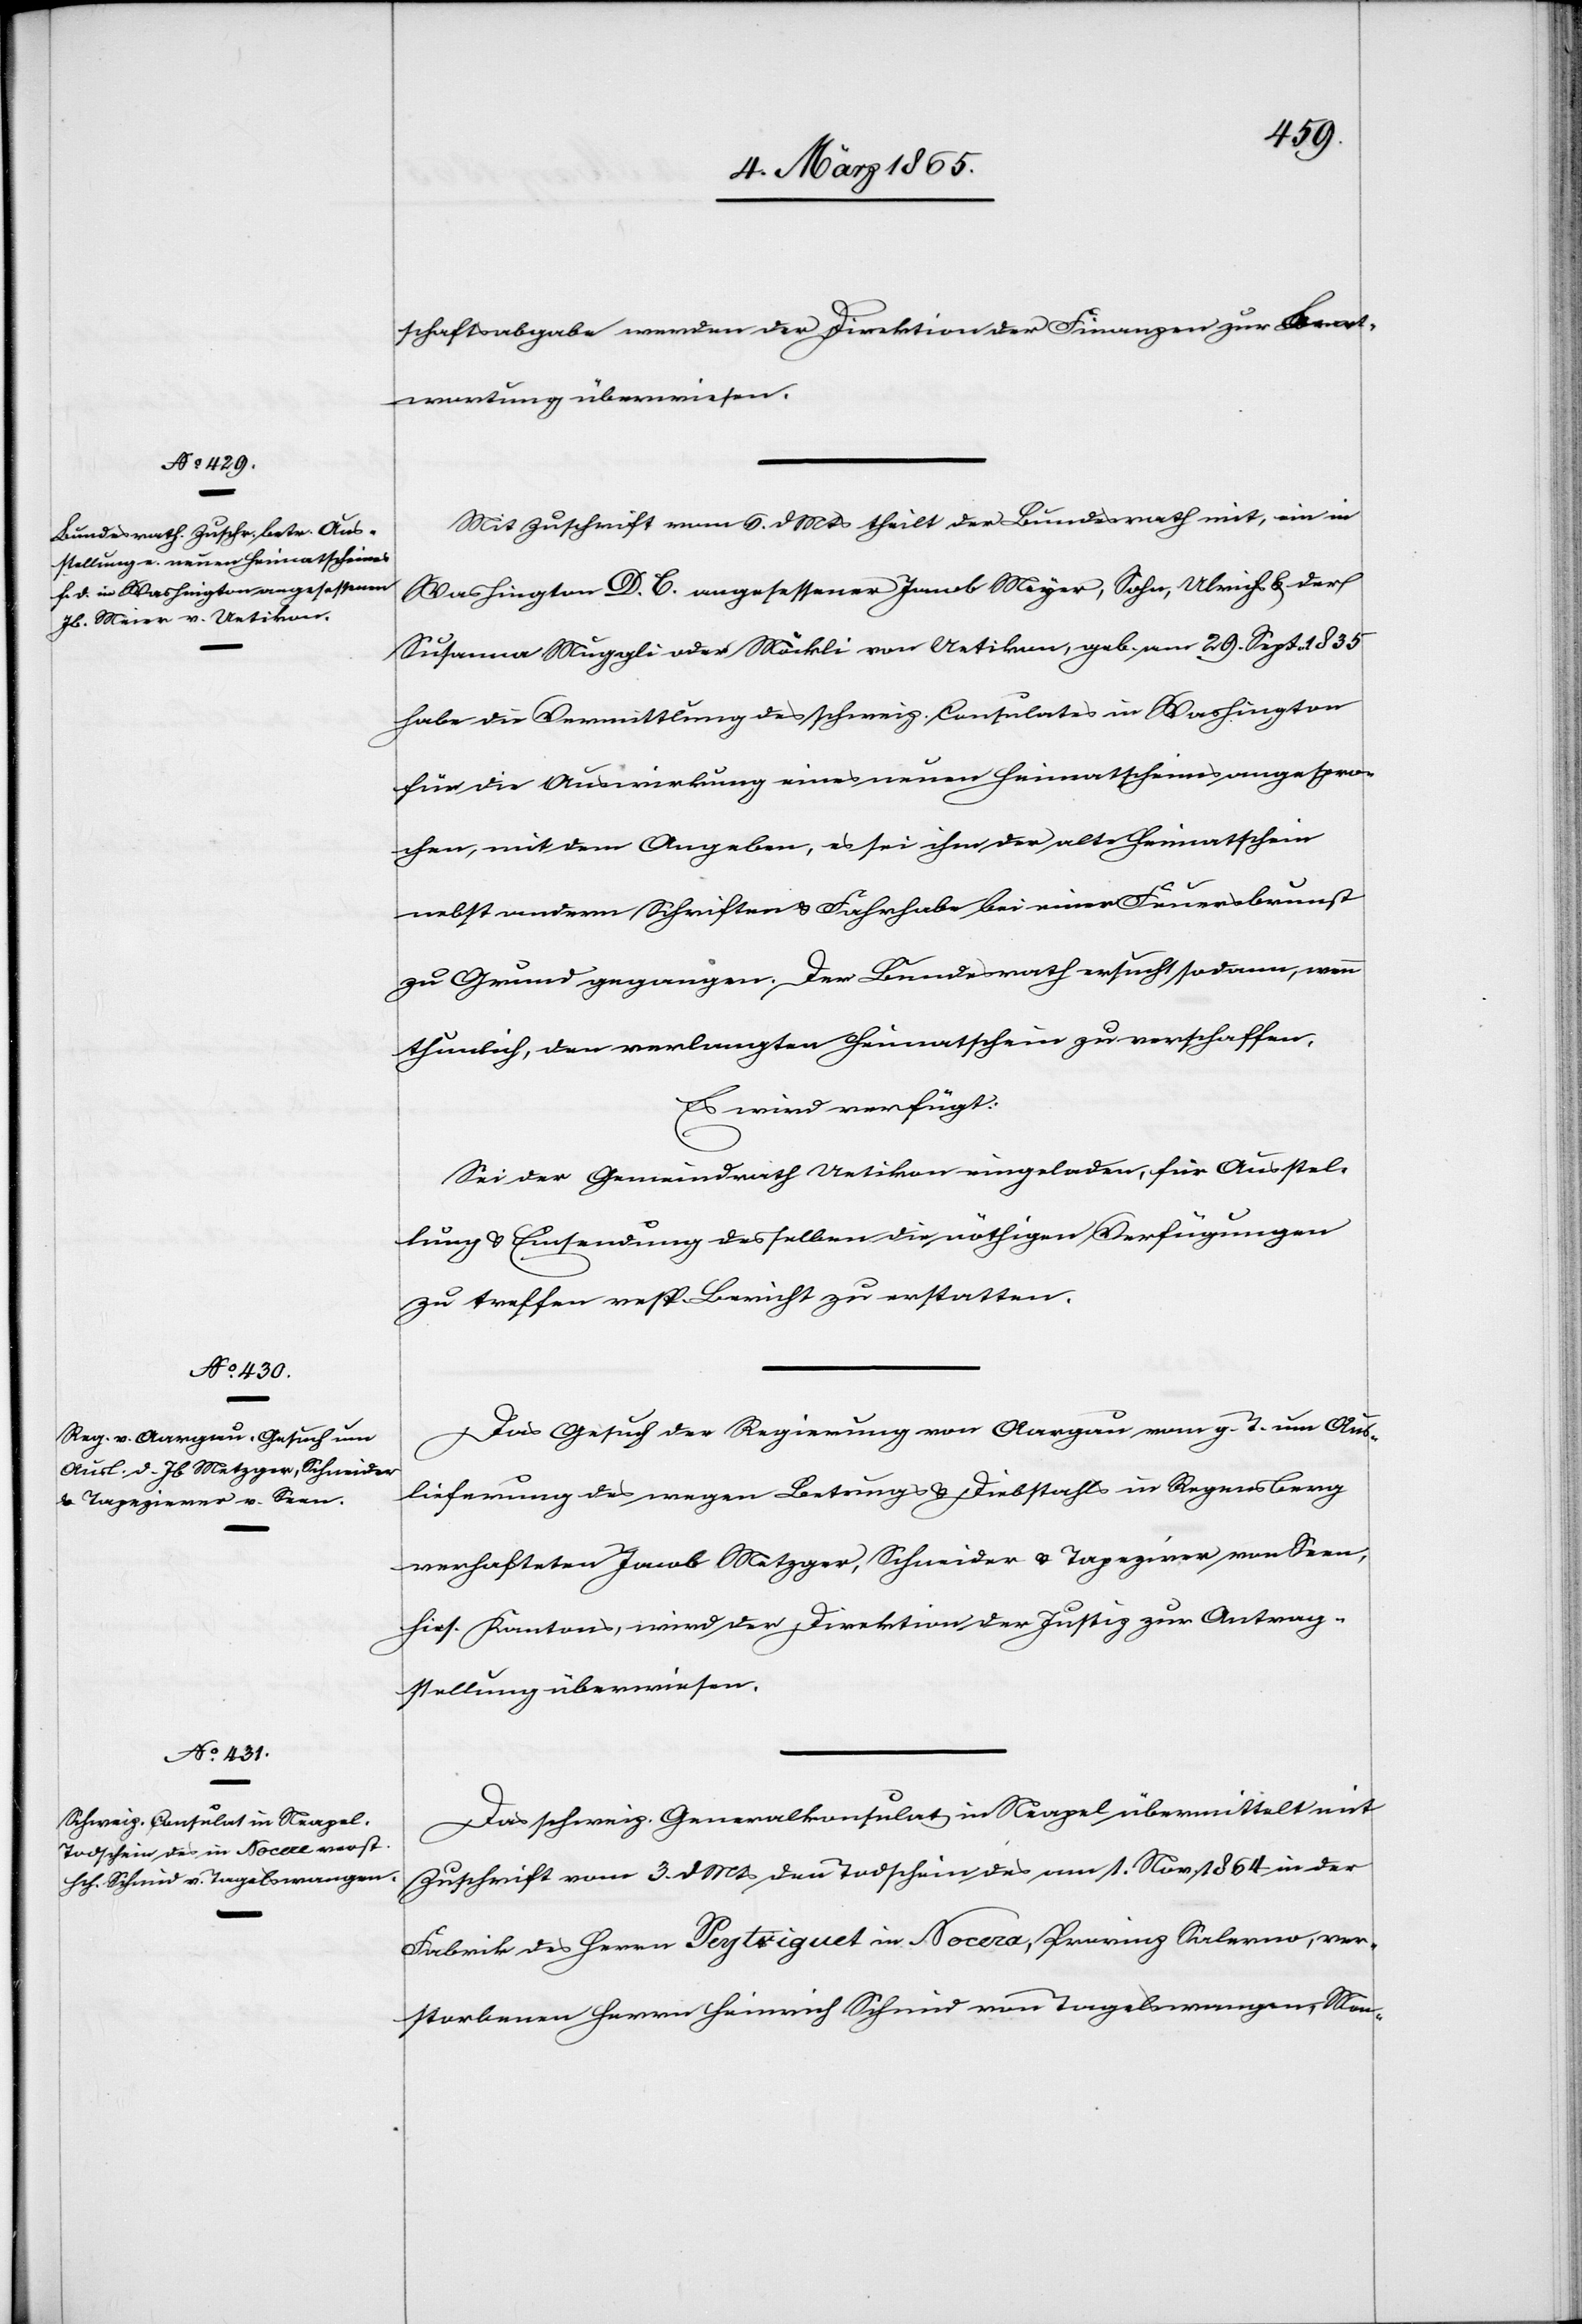
8. März 1865.]
schaftsabgabe werden der Direktion der Finanzen zur Beant¬
wortung überwiesen.
Mit Zuschrift vom 6. d. Mts theilt der Bundesrath mit, ein in
Washington D. C. angesessener Jacob Meyer, Sohn, Ulrichs u. der
Susanne Muggli oder Möckli von Uetikon, geb. am 29. Sept. 1835
habe die Vermittlung des schweiz. Consulates in Washington
für die Auswirkung eines neuen Heimatscheines angespro¬
chen, mit dem Angeben, es sei ihm der alte Heimatschein
nebst andern Schriften u. Fahrhabe bei einer Feuersbrunst
zu Grund gegangen. Der Bundesrath ersucht sodann, wenn
thunlich, den verlangten Heimatschein zu verschaffen.
Es wird verfügt:
Sei der Gemeindrath Uetikon eingeladen, für Ausstel¬
lung u. Einsendung desselben die nöthigen Verfügungen
zu treffen resp Bericht zu erstatten.
Das Gesuch der Regierung von Aargau vom g. T. um Aus¬
lieferung des wegen Betrugs u. Diebstahls in Regensberg
verhafteten Jacob Metzger, Schneider u. Tapezierer von Seen,
hies. Kantons, wird der Direktion der Justiz zur Antrag¬
stellung überwiesen.
Das schweiz. Generalkonsulat in Neapel übermittelt mit
Zuschrift vom 3. d Mts den Todschein des am 1. Nov. 1864 in der
Fabrik des Herrn Peytriguet in Nocera, Provinz Salerno, ver¬
storbenen Herrn Heinrich Schmid von Tagelswangen, Mon-